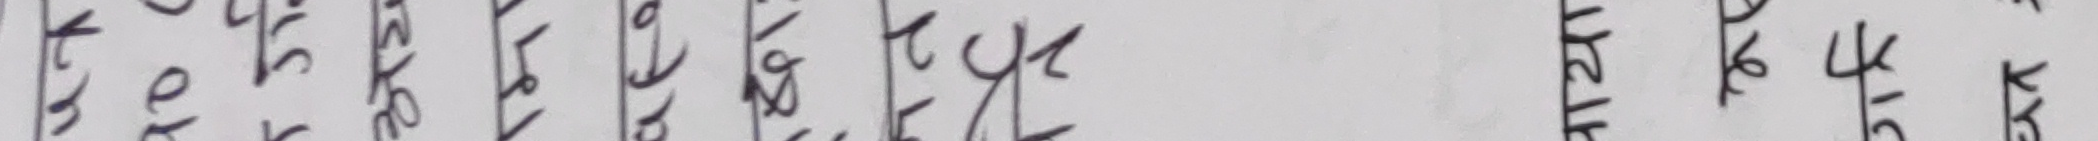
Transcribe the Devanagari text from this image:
चाहिन्छ कि